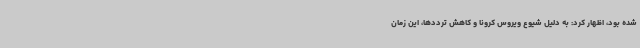
شده بود، اظهار کرد: به دلیل شیوع ویروس کرونا و کاهش ترددها، این زمان